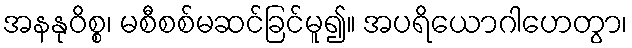
အနနုဝိစ္စ၊ မစီစစ်မဆင်ခြင်မူ၍။ အပရိယောဂါဟေတွာ၊